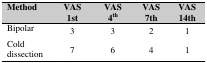
<table><thead><tr><td><b>Method</b></td><td><b>VAS 1st</b></td><td><b>VAS 4<sup>th</sup></b></td><td><b>VAS 7th</b></td><td><b>VAS 14th</b></td></tr></thead><tbody><tr><td>Bipolar</td><td>3</td><td>3</td><td>2</td><td>1</td></tr><tr><td>Cold dissection</td><td>7</td><td>6</td><td>4</td><td>1</td></tr></tbody></table>